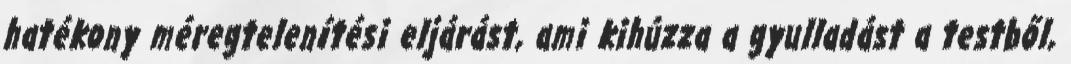
hatékony méregtelenítési eljárást, ami kihúzza a gyulladást a testből,